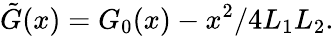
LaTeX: \tilde{G}(x)=G_{0}(x)-x^{2}/4L_{1}L_{2}.